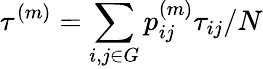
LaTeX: \tau^{(m)}=\sum_{i,j\in G}p_{ij}^{(m)}\tau_{ij}/N